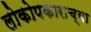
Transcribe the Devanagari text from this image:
लोकोपकाराच्या